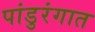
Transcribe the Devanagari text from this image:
पांडुरंगात